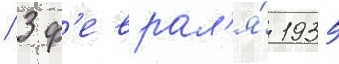
/ 3 ф'еврал'я́ 1935